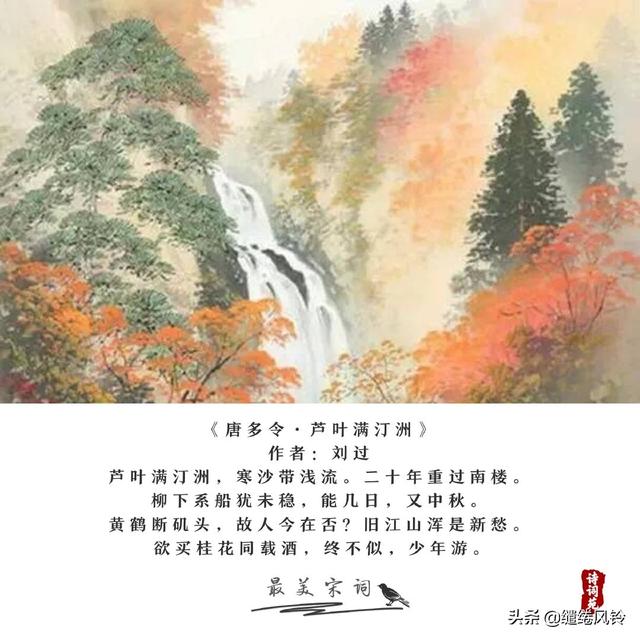
柳下系舟犹未稳，能几日又中秋。